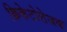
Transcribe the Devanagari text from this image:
क्रिकेटोत्तेजक